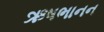
ઋષભાનન